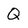
Character: Q